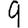
Digit: 9